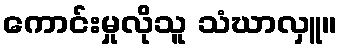
ကောင်းမှုလိုသူ သံဃာလှူ။